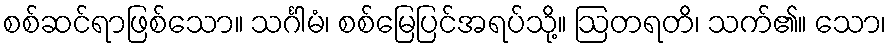
စစ်ဆင်ရာဖြစ်သော။ သင်္ဂါမံ၊ စစ်မြေပြင်အရပ်သို့။ ဩတရတိ၊ သက်၏။ သော၊